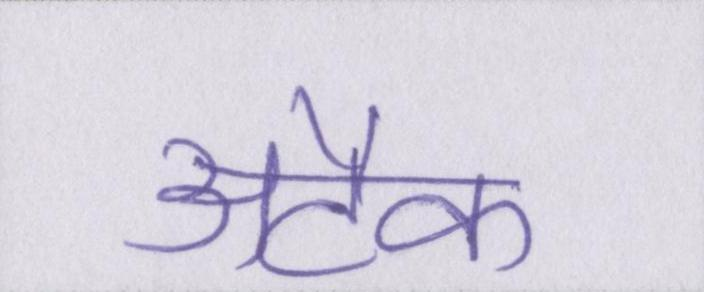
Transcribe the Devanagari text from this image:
अटैक